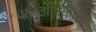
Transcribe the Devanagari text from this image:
पारितोषिकप्राप्त